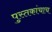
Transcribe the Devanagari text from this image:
पुस्तकांचाच